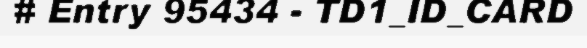
# Entry 95434 - TD1_ID_CARD